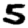
Digit: 5